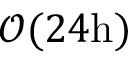
\mathcal { O } ( 2 4 \mathrm { h } )